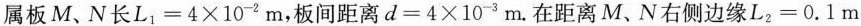
属板M、N长$$L _ { 1 } = 4 \times 1 0 ^ { - 2 } m$$，板间距离$$d = 4 \times 1 0 ^ { 3 } m$$。在距离M、N右侧边缘$$L _ { 2 } = 0 . 1 m$$